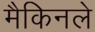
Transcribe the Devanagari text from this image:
मैकिनले